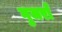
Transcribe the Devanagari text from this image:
गुजराँ